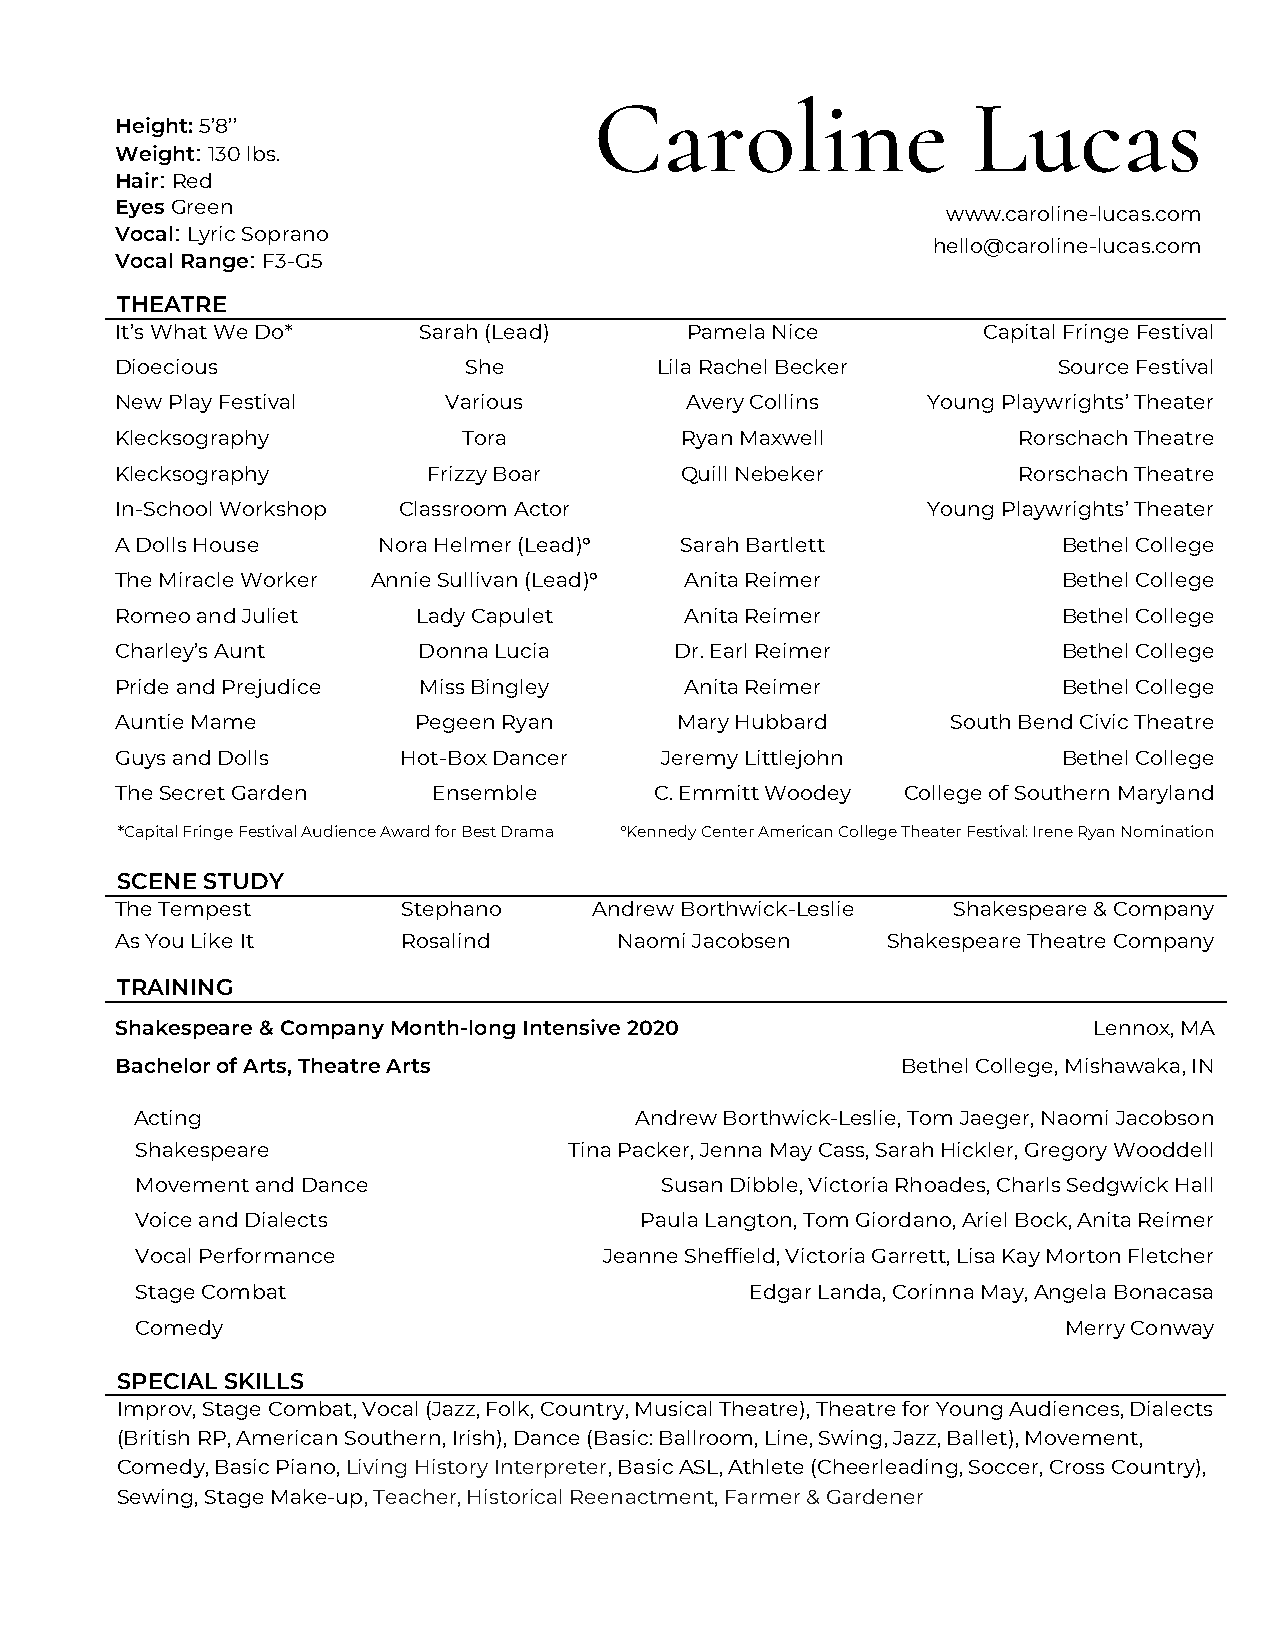
Caroline                 Lucas
 Height: 5’8’’
 Weight: 130 lbs.
 Hair: Red
 Eyes Green
 www.caroline-lucas.com
 Vocal: Lyric Soprano
 hello@caroline-lucas.com
 Vocal Range: F3-G5
 THEATRE
 It’s What We Do*    Sarah (Lead)     Pamela Nice         Capital Fringe Festival
 Dioecious              She         Lila Rachel Becker         Source Festival
 New Play Festival    Various         Avery Collins   Young Playwrights’ Theater
 Klecksography          Tora          Ryan Maxwell          Rorschach Theatre
 Klecksography       Frizzy Boar      Quill Nebeker         Rorschach Theatre
 In-School Workshop Classroom Actor                   Young Playwrights’ Theater
 A Dolls House    Nora Helmer (Lead)° Sarah Bartlett           Bethel College
 The Miracle Worker Annie Sullivan (Lead)° Anita Reimer        Bethel College
 Romeo and Juliet    Lady Capulet     Anita Reimer             Bethel College
 Charley’s Aunt      Donna Lucia      Dr. Earl Reimer          Bethel College
 Pride and Prejudice Miss Bingley     Anita Reimer             Bethel College
 Auntie Mame        Pegeen Ryan       Mary Hubbard      South Bend Civic Theatre
 Guys and Dolls     Hot-Box Dancer   Jeremy Littlejohn         Bethel College
 The Secret Garden    Ensemble      C. Emmitt Woodey College of Southern Maryland
 *Capital Fringe Festival Audience Award for Best Drama °Kennedy Center American College Theater Festival: Irene Ryan Nomination
 SCENE STUDY
 The Tempest        Stephano    Andrew Borthwick-Leslie Shakespeare & Company
 As You Like It     Rosalind      Naomi Jacobsen    Shakespeare Theatre Company
 TRAINING
 Shakespeare & Company Month-long Intensive 2020                 Lennox, MA
 Bachelor of Arts, Theatre Arts                      Bethel College, Mishawaka, IN
 Acting                           Andrew Borthwick-Leslie, Tom Jaeger, Naomi Jacobson
 Shakespeare                  Tina Packer, Jenna May Cass, Sarah Hickler, Gregory Wooddell
 Movement and Dance                 Susan Dibble, Victoria Rhoades, Charls Sedgwick Hall
 Voice and Dialects               Paula Langton, Tom Giordano, Ariel Bock, Anita Reimer
 Vocal Performance              Jeanne Sheffield, Victoria Garrett, Lisa Kay Morton Fletcher
 Stage Combat                             Edgar Landa, Corinna May, Angela Bonacasa
 Comedy                                                       Merry Conway
 SPECIAL SKILLS
 Improv, Stage Combat, Vocal (Jazz, Folk, Country, Musical Theatre), Theatre for Young Audiences, Dialects
 (British RP, American Southern, Irish), Dance (Basic: Ballroom, Line, Swing, Jazz, Ballet), Movement,
 Comedy, Basic Piano, Living History Interpreter, Basic ASL, Athlete (Cheerleading, Soccer, Cross Country),
 Sewing, Stage Make-up, Teacher, Historical Reenactment, Farmer & Gardener